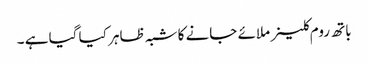
باتھ روم کلینر ملائے جانے کا شبہ ظاہر کیا گیا ہے ۔